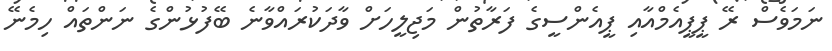
ނަމަވެސް ރޭ ޕީޕީއެމްއާއި ޕީއެންސީގެ ފަރާތުން މަޖިލީހަށް ވާދަކުރައްވާނެ ބޭފުޅުންގެ ނަންތައް ހިމެނޭ